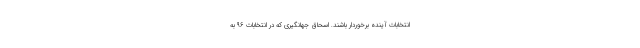
انتخابات آینده برخوردار باشند. اسحاق جهانگیری که در انتخابات ۹۶ به